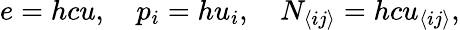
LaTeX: e=hcu,\quad p_{i}=hu_{i},\quad N_{\langle ij\rangle}=hcu_{\langle ij\rangle},